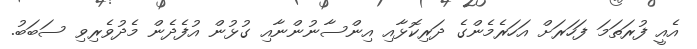
އެއީ ފުރަތަމަ ފަހަރަށް އަހަރެމެންގެ ދަރިކޮޅާއި އިންސާނުންނާއި ގުޅުން އުފެދެން މެދުވެރިވި ސަބަބު.